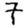
Digit: 7